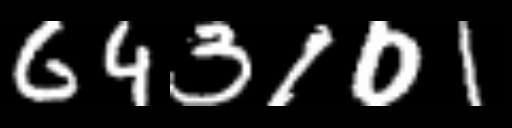
Text: 643101